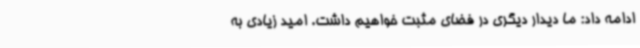
ادامه داد: ما دیدار دیگری در فضای مثبت خواهیم داشت. امید زیادی به